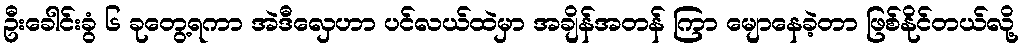
ဦးခေါင်းခွံ ၆ ခုတွေ့ရကာ အဲဒီလှေဟာ ပင်လယ်ထဲမှာ အချိန်အတန် ကြာ မျောနေခဲ့တာ ဖြစ်နိုင်တယ်လို့